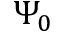
\Psi _ { 0 }